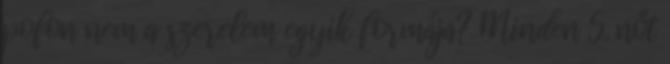
pofon nem a szerelem egyik formája? Minden 5. nőt